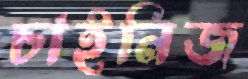
চাইনিজ